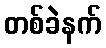
တစ်ခဲနက်